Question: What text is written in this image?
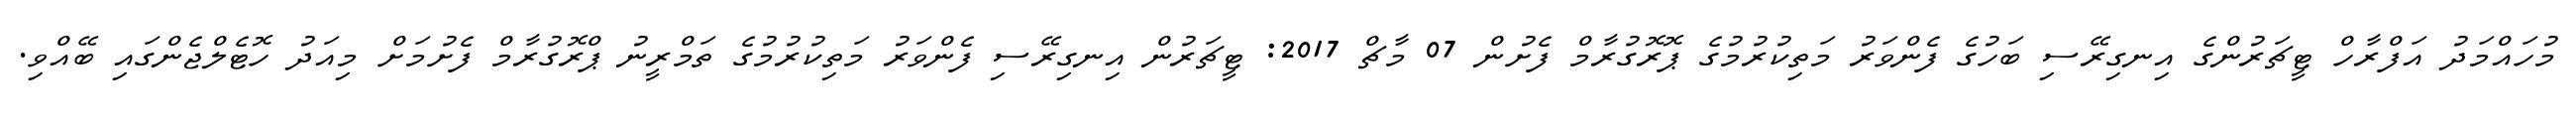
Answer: މުހައްމަދު އަފްރާހް ޓީޗަރުންގެ އިނގިރޭސި ބަހުގެ ފެންވަރު މަތިކުރުމުގެ ޕޮރޮގުރާމް ފެށުން 07 މާޗް 2017: ޓީޗަރުން އިނގިރޭސި ފެންވަރު މަތިކުރުމުގެ ތަމްރީނު ޕްރޮގުރާމް ފެށުމަށް މިއަދު ހޮޓެލްޖެންގައި ބޭއްވި.